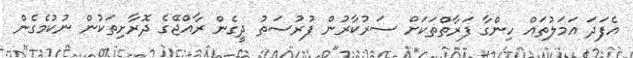
އެފަަދަ އަަމަލުތައް ހިންގާ ފަރާތްތަކަށް ސަރުކާރުން ފުރުސަތު ދީގެން ރާއްޖޭގެ ދޮރާށިތަކުން ނުކުމެގެން